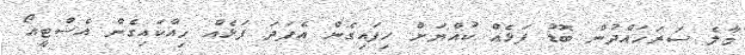
މާލެ ސަރަހައްދުން ބޮޑު ފަޅެއް ކުއްޔަށް ހިފައިގެން އެފަދަ ފަޅެއް ހިއްކައިގެން އެސްޓީއޯ